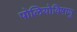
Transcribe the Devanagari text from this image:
पोलियोविषाणु